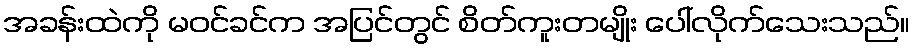
အခန်းထဲကို မဝင်ခင်က အပြင်တွင် စိတ်ကူးတမျိုး ပေါ်လိုက်သေးသည်။